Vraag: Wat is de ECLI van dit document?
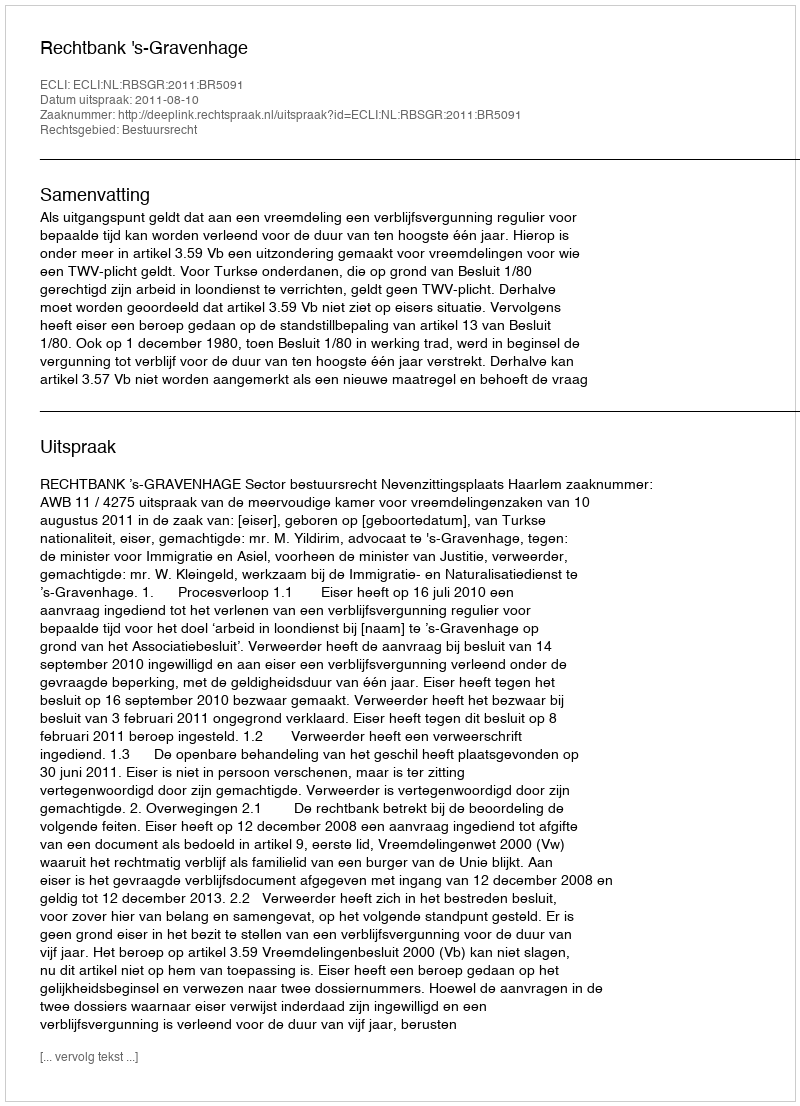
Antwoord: ECLI:NL:RBSGR:2011:BR5091